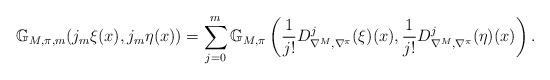
LaTeX: \begin{align*} \mathbb{G}_{M,\pi,m}(j_m\xi(x),j_m\eta(x))=\sum_{j=0}^{m}\mathbb{G}_{M,\pi}\left(\frac{1}{j!}D^j_{\nabla^M,\nabla^\pi}(\xi)(x),\frac{1}{j!}D^j_{\nabla^M,\nabla^\pi}(\eta)(x)\right).\end{align*}